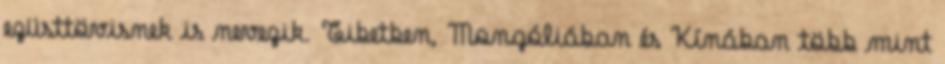
ezüsttövisnek is nevezik. Tibetben, Mongóliában és Kínában több mint